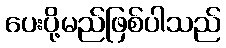
ပေးပို့မည်ဖြစ်ပါသည်